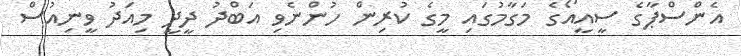
އެންސްޕާގެ ސީއީއޯގެ މަގާމުގައި މީގެ ކުރިން ހުންނެވި އަބްދު ދީދީ މިއަދު ވީނިއުސް